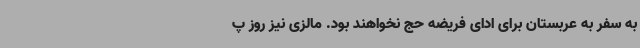
به سفر به عربستان برای ادای فریضه حج نخواهند بود. مالزی نیز روز پ